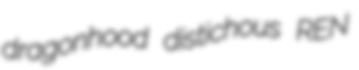
dragonhood distichous REN